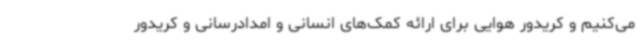
می‌کنیم و کریدور هوایی برای ارائه کمک‌های انسانی و امدادرسانی و کریدور